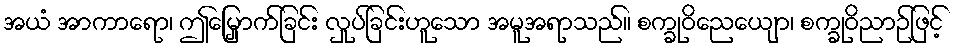
အယံ အာကာရော၊ ဤမြှောက်ခြင်း လှုပ်ခြင်းဟူသော အမူအရာသည်။ စက္ခုဝိညေယျော၊ စက္ခုဝိညာဉ်ဖြင့်